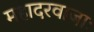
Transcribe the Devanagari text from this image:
महादरवाजाः